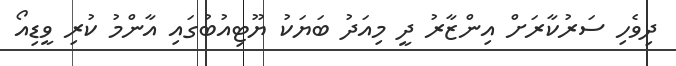
ދިވެހި ސަރުކާރަށް އިންޒާރު ދީ މިއަދު ބަޔަކު ޔޫޓިއުބުގައި އާންމު ކުރި ވީޑިއޯ